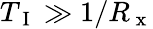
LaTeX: T_{\mathrm{~I~}}\gg 1/R_{\mathrm{~x~}}